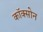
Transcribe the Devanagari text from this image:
कॉक्सोन